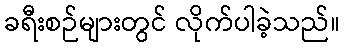
ခရီးစဉ်များတွင် လိုက်ပါခဲ့သည်။